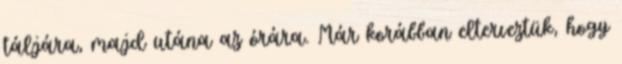
táljára, majd utána az órára. Már korábban elterveztük, hogy